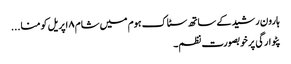
ہارون رشید کے ساتھ سٹاک ہوم میں شام ۸ اپریل کو منا...
پٹوارگی پر خوبصورت نظم۔